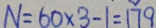
N = 6 0 \times 3 - 1 = 1 7 9